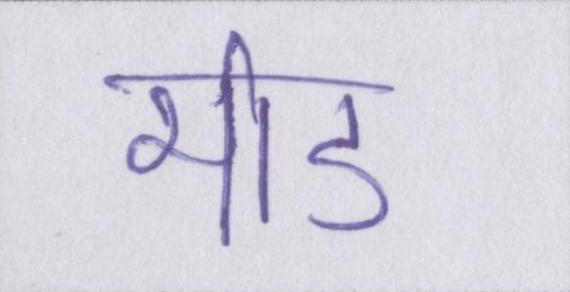
भीड